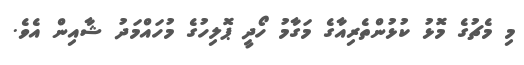
މި މެޗުގެ މޮޅު ކުޅުންތެރިއާގެ މަގާމު ހޯދީ ޕޮލިހުގެ މުހައްމަދު ޝާއިން އެވެ.